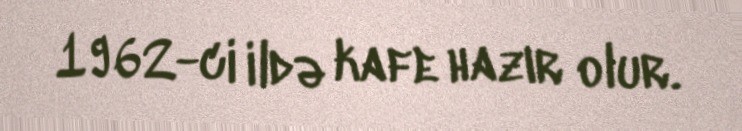
1962-ci ildə kafe hazır olur.